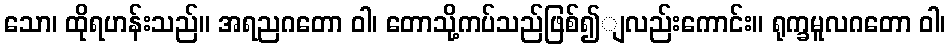
သော၊ ထိုရဟန်းသည်။ အရညဂတော ဝါ၊ တောသို့ကပ်သည်ဖြစ်၍ျလည်းကောင်း။ ရုက္ခမူလဂတော ဝါ၊